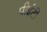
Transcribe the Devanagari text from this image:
पीईटी